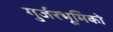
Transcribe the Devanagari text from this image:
गुर्जरभूमिको